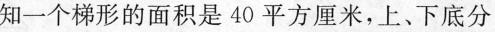
知一个梯形的面积是40平方厘米，上、下底分